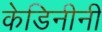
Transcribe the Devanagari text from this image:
केडिनीनी